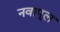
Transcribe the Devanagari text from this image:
नवापूल